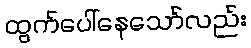
ထွက်ပေါ်နေသော်လည်း